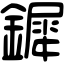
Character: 𨬯